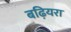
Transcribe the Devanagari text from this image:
बढ़ियरा